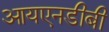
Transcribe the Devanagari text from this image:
आयएनडीबी